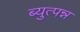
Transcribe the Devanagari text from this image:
ब्युत्पन्न